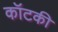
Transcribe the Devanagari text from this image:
कॉटकी